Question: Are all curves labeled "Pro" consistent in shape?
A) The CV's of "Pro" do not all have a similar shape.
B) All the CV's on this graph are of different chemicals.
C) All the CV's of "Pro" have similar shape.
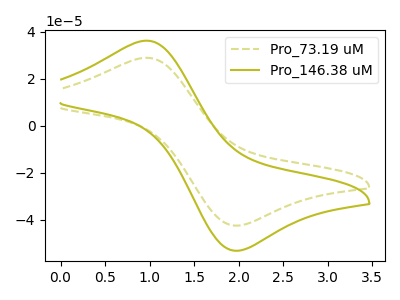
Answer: <think>The olive dashed curve "Pro_73.19 uM" has an anodic peak at (0.95V, 28.85uA) and a cathodic peak at (2.00V, -42.40uA). The olive curve "Pro_146.38 uM" has an anodic peak at (0.95V, 36.15uA) and a cathodic peak at (2.00V, -53.05uA).
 All the peaks in "Pro_73.19 uM" have a peak in "Pro_146.38 uM" at the same potential. Every peak in "Pro_73.19 uM" is lower than every peak in "Pro_146.38 uM".</think>
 <answer>C) All the CV's of "Pro" have similar shape.</answer>
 <eval>C</eval>